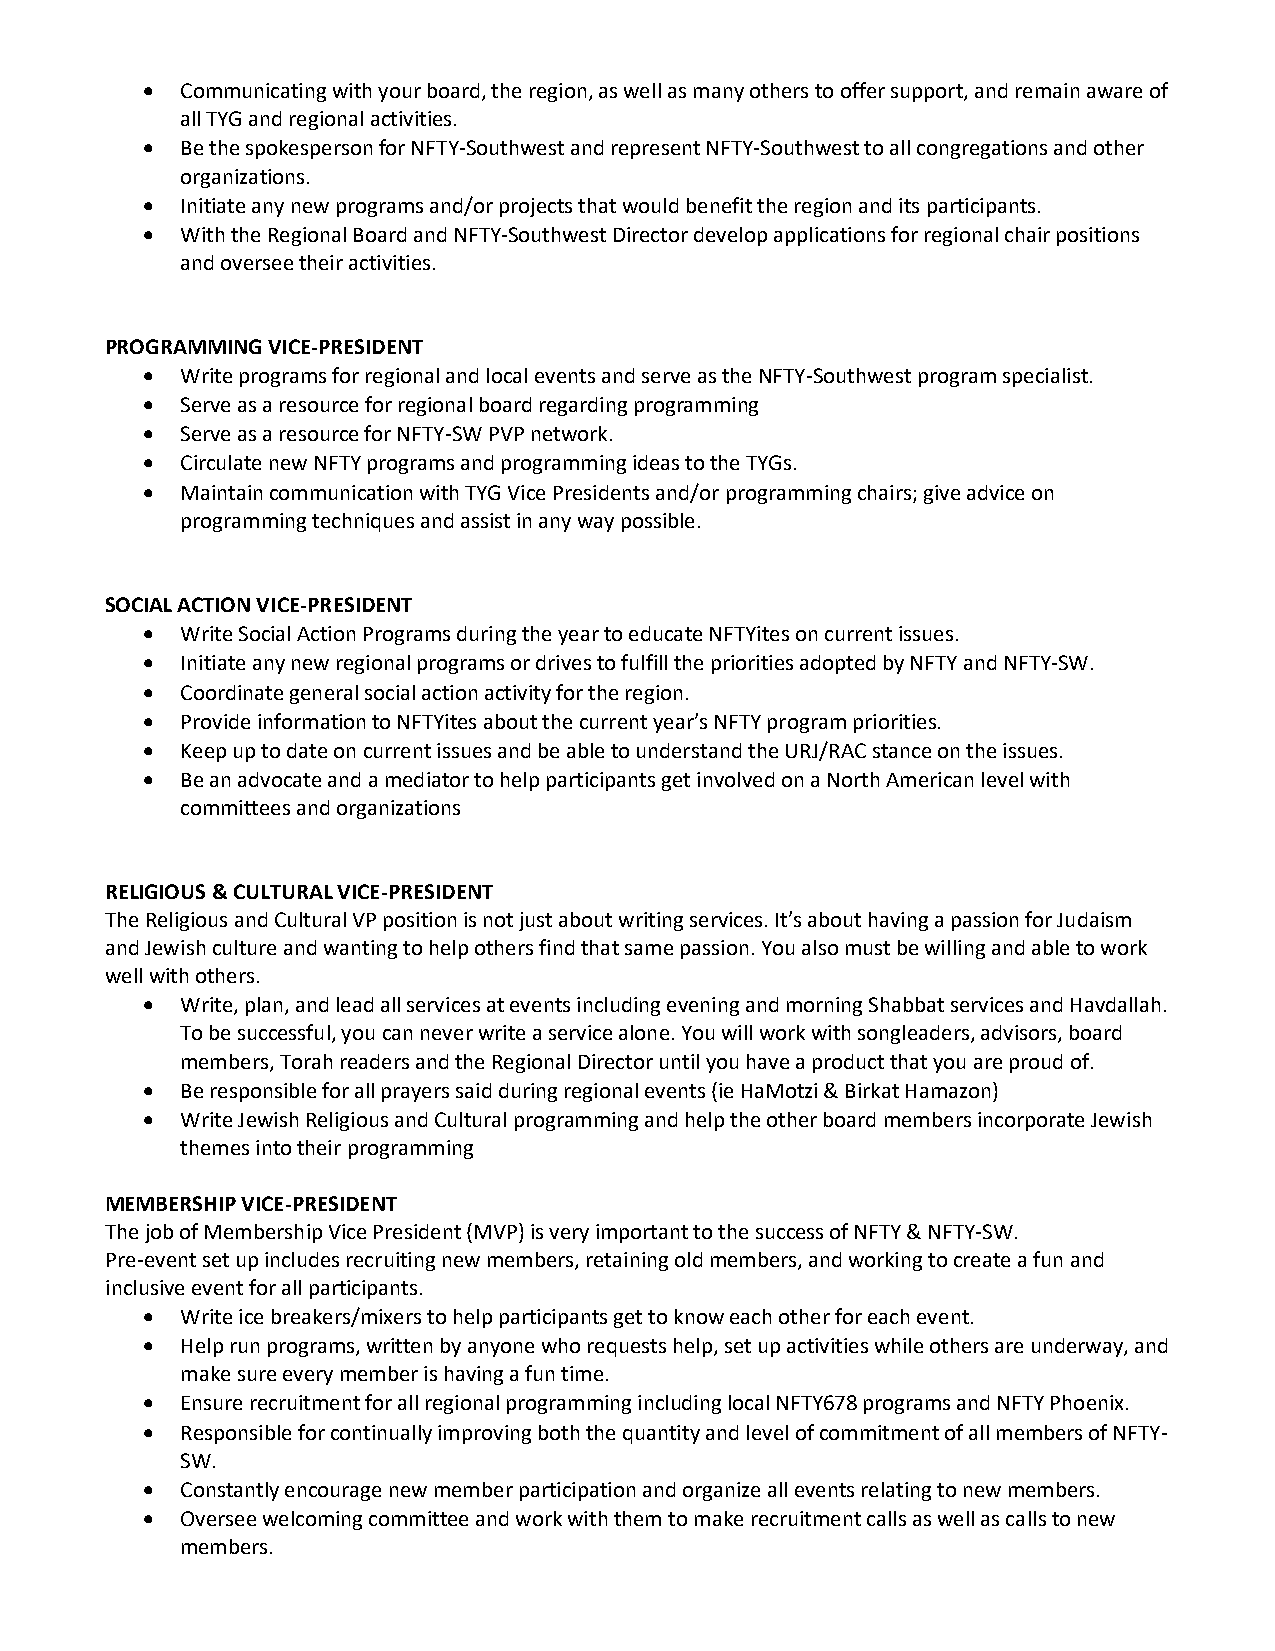
•  Communicating with your board, the region, as well as many others to offer support, and remain aware of
 all TYG and regional activities.
 •  Be the spokesperson for NFTY-Southwest and represent NFTY-Southwest to all congregations and other
 organizations.
 •  Initiate any new programs and/or projects that would benefit the region and its participants.
 •  With the Regional Board and NFTY-Southwest Director develop applications for regional chair positions
 and oversee their activities.
 PROGRAMMING VICE-PRESIDENT
 •  Write programs for regional and local events and serve as the NFTY-Southwest program specialist.
 •  Serve as a resource for regional board regarding programming
 •  Serve as a resource for NFTY-SW PVP network.
 •  Circulate new NFTY programs and programming ideas to the TYGs.
 •  Maintain communication with TYG Vice Presidents and/or programming chairs; give advice on
 programming techniques and assist in any way possible.
 SOCIAL ACTION VICE-PRESIDENT
 •  Write Social Action Programs during the year to educate NFTYites on current issues.
 •  Initiate any new regional programs or drives to fulfill the priorities adopted by NFTY and NFTY-SW.
 •  Coordinate general social action activity for the region.
 •  Provide information to NFTYites about the current year’s NFTY program priorities.
 •  Keep up to date on current issues and be able to understand the URJ/RAC stance on the issues.
 •  Be an advocate and a mediator to help participants get involved on a North American level with
 committees and organizations
 RELIGIOUS & CULTURAL VICE-PRESIDENT
 The Religious and Cultural VP position is not just about writing services. It’s about having a passion for Judaism
 and Jewish culture and wanting to help others find that same passion. You also must be willing and able to work
 well with others.
 •  Write, plan, and lead all services at events including evening and morning Shabbat services and Havdallah.
 To be successful, you can never write a service alone. You will work with songleaders, advisors, board
 members, Torah readers and the Regional Director until you have a product that you are proud of.
 •  Be responsible for all prayers said during regional events (ie HaMotzi & Birkat Hamazon)
 •  Write Jewish Religious and Cultural programming and help the other board members incorporate Jewish
 themes into their programming
 MEMBERSHIP VICE-PRESIDENT
 The job of Membership Vice President (MVP) is very important to the success of NFTY & NFTY-SW.
 Pre-event set up includes recruiting new members, retaining old members, and working to create a fun and
 inclusive event for all participants.
 •  Write ice breakers/mixers to help participants get to know each other for each event.
 •  Help run programs, written by anyone who requests help, set up activities while others are underway, and
 make sure every member is having a fun time.
 •  Ensure recruitment for all regional programming including local NFTY678 programs and NFTY Phoenix.
 •  Responsible for continually improving both the quantity and level of commitment of all members of NFTY-
 SW.
 •  Constantly encourage new member participation and organize all events relating to new members.
 •  Oversee welcoming committee and work with them to make recruitment calls as well as calls to new
 members.